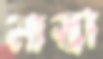
নাস্তা